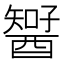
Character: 𨢱